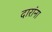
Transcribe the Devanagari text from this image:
दारांना